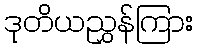
ဒုတိယညွှန်ကြား